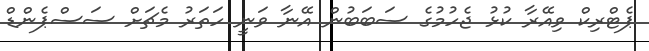
ޕެޓްރިކް ވިއޭރާ ކުޅު ޖެހުމުގެ ސަބަބުން އޭނާ ވަނީ ހަތަރު މެޗަށް ސަސްޕެންޑް